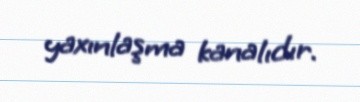
yaxınlaşma kanalıdır.